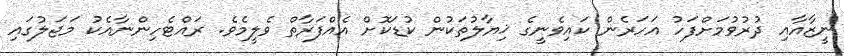
ނީޒާއާއި ދުރުވުމަށްފަހު އަހަރެން ކައިވެނީގެ ޚިޔާލުތަކުން ކުޑަކޮށް އެއްފަރާތް ވެލީމެވެ. ރައްޓެހިންނާއެކު މަޖަލުގައި